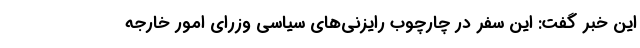
این خبر گفت: این سفر در چارچوب رایزنی‌های سیاسی وزرای امور خارجه